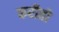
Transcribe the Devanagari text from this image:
करीतो